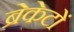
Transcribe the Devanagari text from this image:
ब्रेकेटों